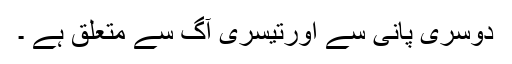
دوسری پانی سے اورتیسری آگ سے متعلق ہے ۔